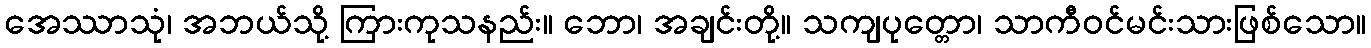
အေဿာသုံ၊ အဘယ်သို့ ကြားကုသနည်း။ ဘော၊ အချင်းတို့။ သကျပုတ္တော၊ သာကီဝင်မင်းသားဖြစ်သော။